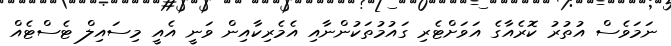
ނަމަވެސް އުތުރު ކޮރެއާގެ އަވަށްޓެރި ގައުމުތަކުންނާއި އެމެރިކާއިން ވަނީ އެއީ މިސައިލް ޓެސްޓެއް